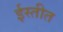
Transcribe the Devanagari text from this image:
ईस्तीत